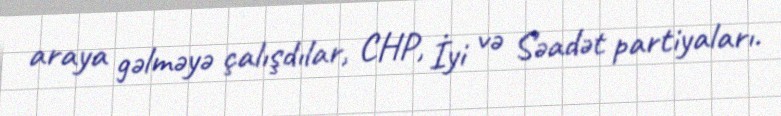
araya gəlməyə çalışdılar, CHP, İyi və Səadət partiyaları.